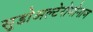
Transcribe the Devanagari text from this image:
सूडोअल्टेरोमोनाज